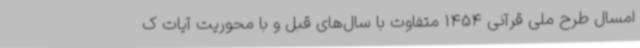
امسال طرح ملی قرآنی 1454 متفاوت با سال‌های قبل و با محوریت آیات ک